Scottish Leaving Certificate Examination, 1958
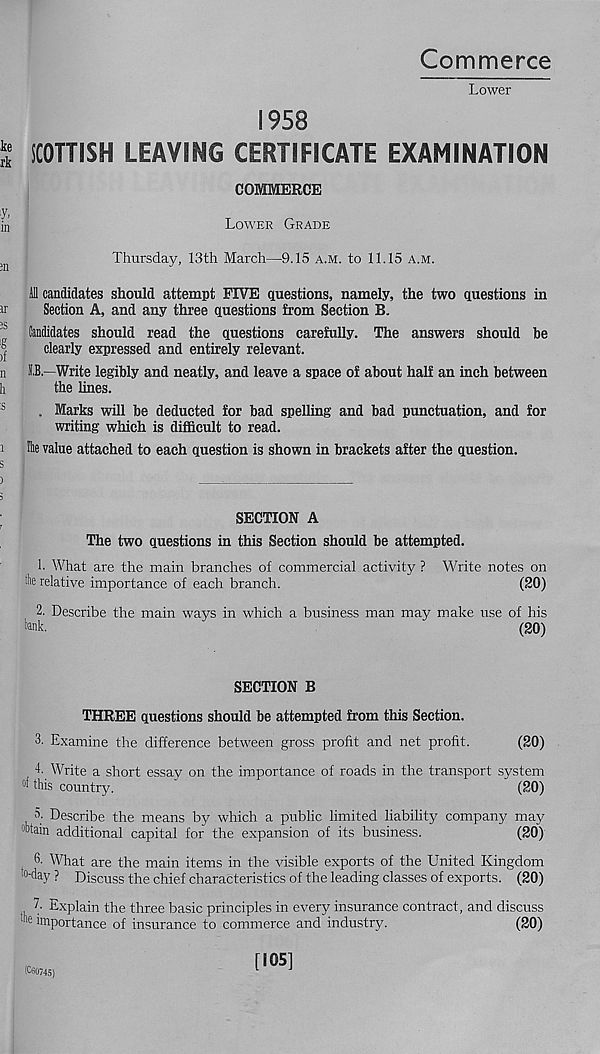
Commerce
Lower
1958
S SCOTTISH LEAVING CERTIFICATE EXAMINATION
COMMERCE
Lower Grade
an
Thursday, 13th March—9.13 a.m. to 11.15 a.m.
Ill candidates should attempt FIVE questions, namely, the two questions in
Section A, and any three questions from Section B.
Candidates should read the questions carefully. The answers should be
|
clearly expressed and entirely relevant.
n IB.—Write legibly and neatly, and leave a space of about half an inch between
h
the lines.
. Marks will be deducted for bad spelling and bad punctuation, and for
writing which is difficult to read.
i
value attached to each question is shown in brackets after the question.
s
)
5
SECTION A
r
The two questions in this Section should be attempted.
1. What are the main branches of commercial activity ? White notes on
the relative importance of each branch.
(20)
2. Describe the main ways in which a business man may make use of his
hk.
(20)
SECTION B
THREE questions should be attempted from this Section.
3. Examine the difference between gross profit and net profit.
(20)
4. Write a short essay on the importance of roads in the transport system
°f this country.
(20)
5. Describe the means by which a public limited liability company may
“htain additional capital for the expansion of its business.
(20)
G- What are the main items in the visible exports of the United Kingdom
to-day ? Discuss the chief characteristics of the leading classes of exports. (20)
the
7 - Explain the three basic principles in every insurance contract, and discuss
importance of insurance to commerce and industry.
(20)
1060745)
[105]